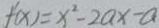
f ^ { \prime } ( x ) = x ^ { 2 } - 2 a x - a